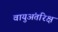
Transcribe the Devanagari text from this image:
वायुअंतरिक्ष